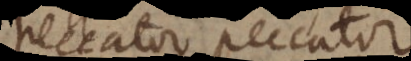
peccator peccator